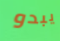
يبدو